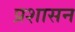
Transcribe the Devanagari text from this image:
प्रशासन